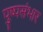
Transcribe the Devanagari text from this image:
पुष्पसंभार